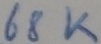
Text: 68K